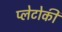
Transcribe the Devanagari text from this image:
प्लेटोकी